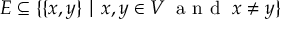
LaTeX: E \subseteq \{ \{ x , y \} \mid x , y \in V \; { \textrm { a n d } } \; x \neq y \}